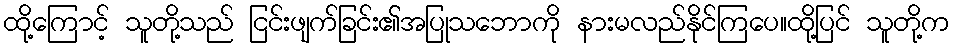
ထို့ကြောင့် သူတို့သည် ငြင်းဖျက်ခြင်း၏အပြုသဘောကို နားမလည်နိုင်ကြပေ။ထို့ပြင် သူတို့က